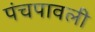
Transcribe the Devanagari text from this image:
पंचपावली